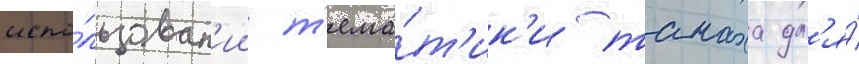
испо́льзован'ии т'ема́т'ик'и танаха дл'я́